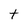
Character: t